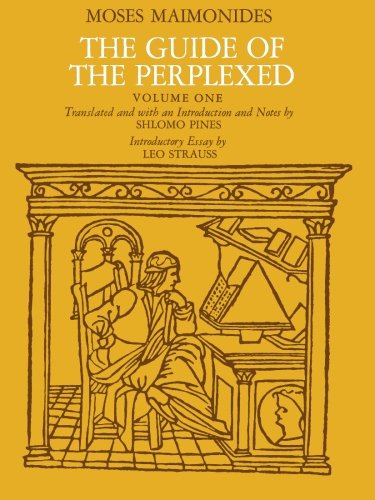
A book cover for The Guide of the Perplexed, Vol. 1; Moses Maimonides; Politics & Social Sciences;